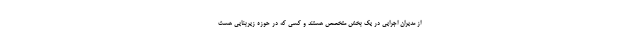
از مدیران اجرایی در یک بخش متخصص هستند و کسی که در حوزه زیربنایی هست